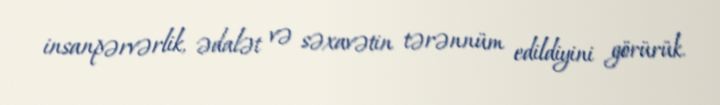
insanpərvərlik, ədalət və səxavətin tərənnüm edildiyini görürük.